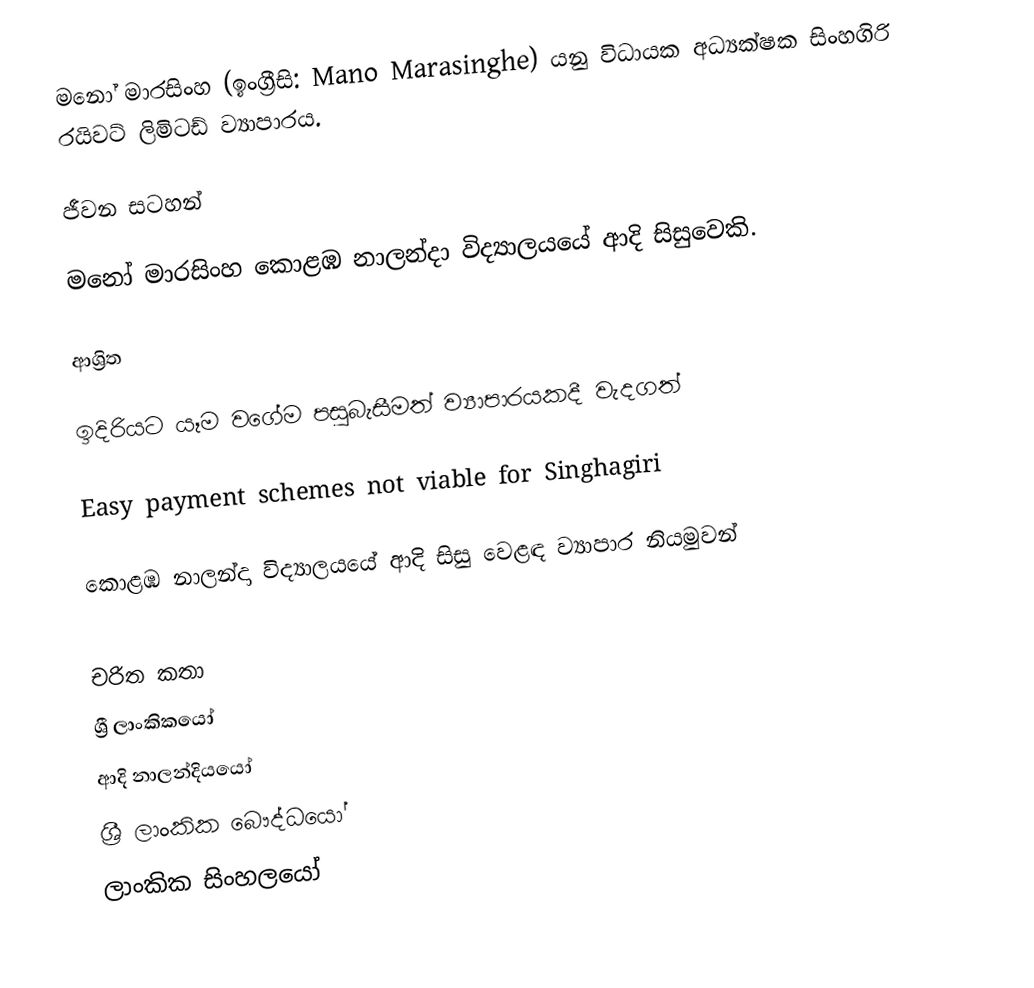
මනෝ මාරසිංහ (ඉංග්‍රීසි: Mano Marasinghe) යනු  විධායක අධ්‍යක්ෂක සිංහගිරි රයිවට් ලිමිටඩ් ව්‍යාපාරය.

ජීවන සටහන්

මනෝ මාරසිංහ  කොළඹ නාලන්දා විද්‍යාලයයේ ආදි සිසුවෙකි.

ආශ්‍රිත

 ඉදිරියට යෑම වගේම පසුබැසීමත් ව්‍යාපාරයකදී වැදගත්

 Easy payment schemes not viable for Singhagiri

 කොළඹ නාලන්දා විද්‍යාලයයේ ආදි සිසු වෙළඳ ව්‍යාපාර නියමුවන්

චරිත කතා
ශ්‍රී ලාංකිකයෝ
ආදි නාලන්දියයෝ
ශ්‍රී ලාංකික බෞද්ධයෝ
ලාංකික සිංහලයෝ